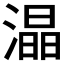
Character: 𭲟